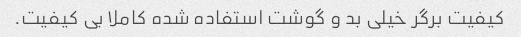
کیفیت برگر خیلی بد و گوشت استفاده شده کاملا بی کیفیت.